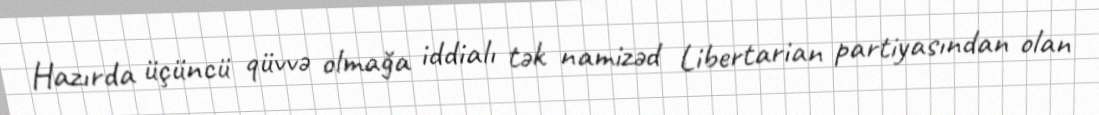
Hazırda üçüncü qüvvə olmağa iddialı tək namizəd Libertarian partiyasından olan